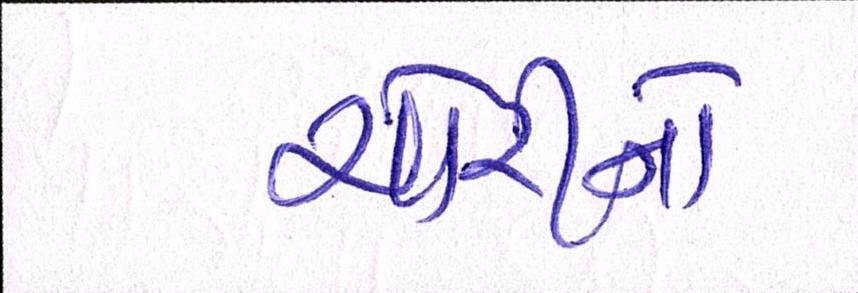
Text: ચોરીનો